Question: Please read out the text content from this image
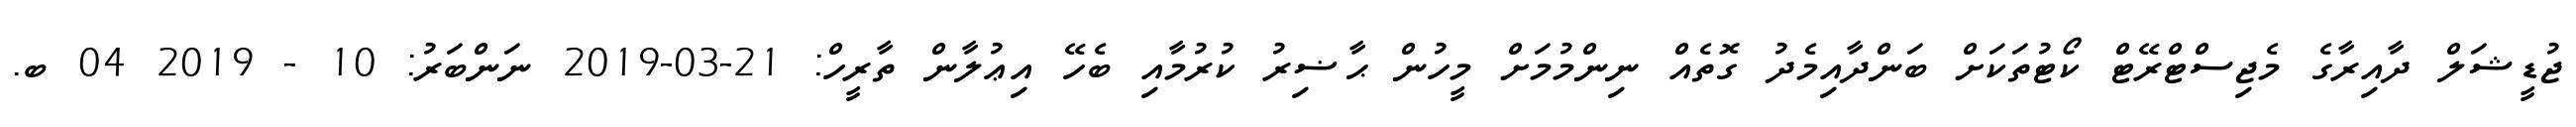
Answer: ޖުޑީޝަލް ދާއިރާގެ މެޖިސްޓްރޭޓް ކޯޓުތަކަށް ބަންދާއިމެދު ގޮތެއް ނިންމުމަށް މީހުން ޙާޟިރު ކުރުމާއި ބެހޭ އިޢުލާން ތާރީހް: 21-03-2019 ނަންބަރު: 10 - 2019 04 ބ.